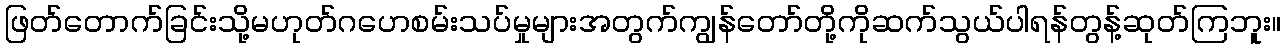
ဖြတ်တောက်ခြင်းသို့မဟုတ်ဂဟေစမ်းသပ်မှုများအတွက်ကျွန်တော်တို့ကိုဆက်သွယ်ပါရန်တွန့်ဆုတ်ကြဘူး။